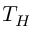
T _ { H }